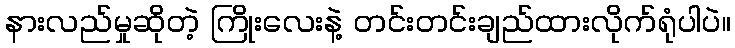
နားလည်မှုဆိုတဲ့ ကြိုးလေးနဲ့ တင်းတင်းချည်ထားလိုက်ရုံပါပဲ။